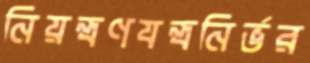
নিয়ন্ত্রণযন্ত্রনির্ভর